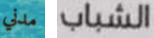
مدني الشباب